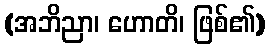
(အဘိညာ၊ ဟောတိ၊ ဖြစ်၏)